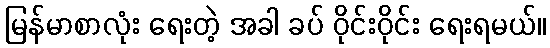
မြန်မာစာလုံး ရေးတဲ့ အခါ ခပ် ဝိုင်းဝိုင်း ရေးရမယ်။